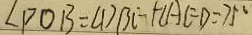
\angle P O B = \angle D B C + \angle A E D = 7 5 ^ { \circ }